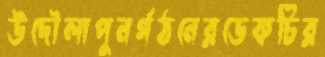
উদৌলাপুনর্গঠনেরডেকচির